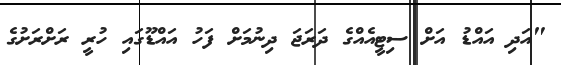
"އަދި އައްޑު އަށް ސިޓީއެއްގެ ދަރަޖަ ދިނުމަށް ފަހު އައްޑޫގައި ހުރީ ރަށްރަށުގެ